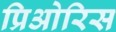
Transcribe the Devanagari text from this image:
प्रिओरिस